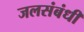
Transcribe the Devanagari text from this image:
जलसंबंधी